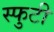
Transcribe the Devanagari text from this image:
स्फुटी